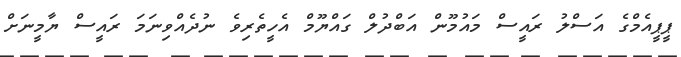
ޕީޕީއެމްގެ އަސްލު ރައީސް މައުމޫން އަބްދުލް ގައްޔޫމް އެހީތެރިވެ ނުދެއްވިނަމަ ރައީސް ޔާމީނަށް